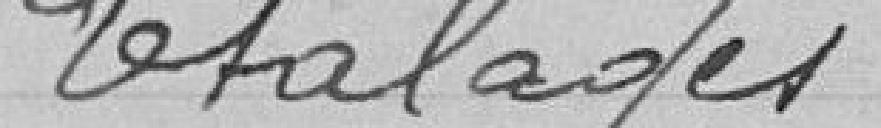
0 m 66                      0,10